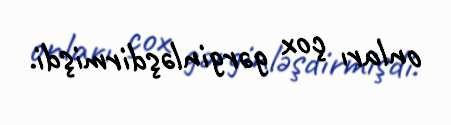
onları çox gərginləşdirmişdi.